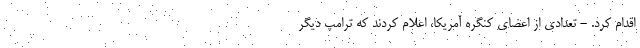
اقدام کرد. - تعدادی از اعضای کنگره آمریکا، اعلام کردند که ترامپ دیگر